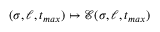
( \sigma , \ell , t _ { m a x } ) \mapsto \mathcal { E } ( \sigma , \ell , t _ { m a x } )